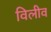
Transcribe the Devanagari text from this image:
विलीव